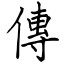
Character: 傳